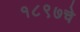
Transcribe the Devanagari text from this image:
१८९७चे